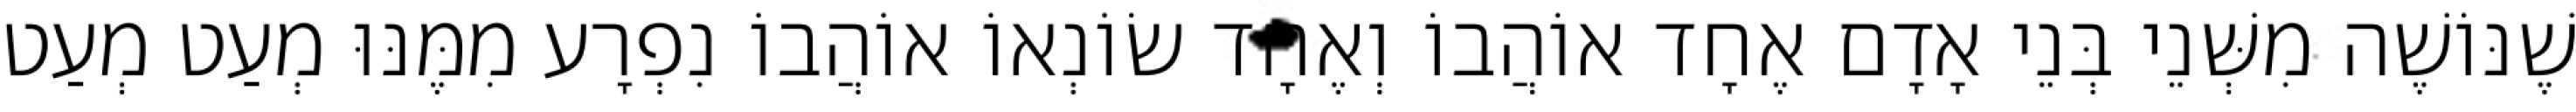
שֶׁנּוֹשֶׁה מִשְּׁנֵי בְּנֵי אָדָם אֶחָד אוֹהֲבוֹ וְאֶחָד שׂוֹנְאוֹ אוֹהֲבוֹ נִפְרָע מִמֶּנּוּ מְעַט מְעַט